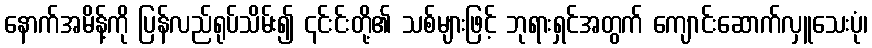
နောက်အမိန့်ကို ပြန်လည်ရုပ်သိမ်း၍ ၎င်းင်းတို့၏ သစ်များဖြင့် ဘုရားရှင်အတွက် ကျောင်းဆောက်လှူသေးပုံ၊